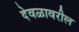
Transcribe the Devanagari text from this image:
देवळावरील